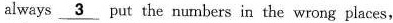
always \underline{3} put the numbers in the wrong places,